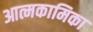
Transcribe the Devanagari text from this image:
आत्मकामिका